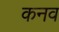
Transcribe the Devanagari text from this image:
कनव